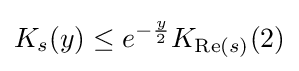
K_{s}(y)\leq e^{-{\frac {y}{2}}}K_{\operatorname {Re} (s)}(2)